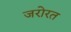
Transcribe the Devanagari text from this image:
जरोरत